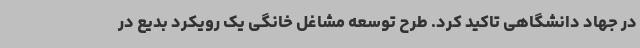
در جهاد دانشگاهی تاکید کرد. طرح توسعه مشاغل خانگی یک رویکرد بدیع در